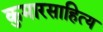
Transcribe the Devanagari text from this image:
कुमारसाहित्य